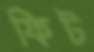
ফিট